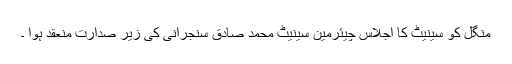
منگل کو سینیٹ کا اجلاس چیئرمین سینیٹ محمد صادق سنجرانی کی زیر صدارت منعقد ہوا ۔